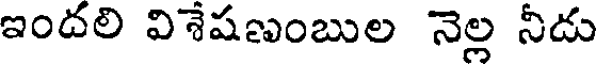
ఇందలి విశేషణుంబుల నెల్ల నీడు